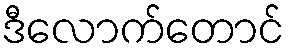
ဒီလောက်တောင်